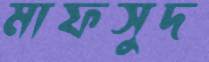
মাফসুদ